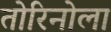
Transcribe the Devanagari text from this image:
तोरिनोला